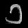
Digit: ၁